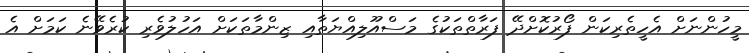
މީހުންނަށް އެހީތެރިކަން ފޯރުކޮށްދޭ ފަރާތްތަކުގެ މަސްއޫލިއްޔަތާއި ޒިންމާތަކަށް އަހުލުވެރި ކުރެވޭނެ ކަމަށް އެ